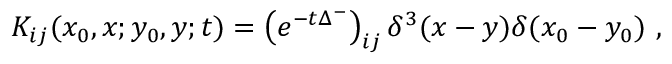
K _ { i j } ( x _ { 0 } , x ; y _ { 0 } , y ; t ) = \left( e ^ { - t \Delta ^ { - } } \right) _ { i j } \delta ^ { 3 } ( x - y ) \delta ( x _ { 0 } - y _ { 0 } ) \ ,